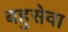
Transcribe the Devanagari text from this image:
बहुसेवा